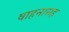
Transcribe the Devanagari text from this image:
वाहनासह